Source: Handwritten
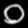
Digit: ၀ (0)